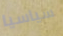
سياسيا